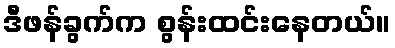
ဒီဖန်ခွက်က စွန်းထင်းနေတယ်။